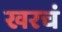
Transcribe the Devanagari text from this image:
खरचं